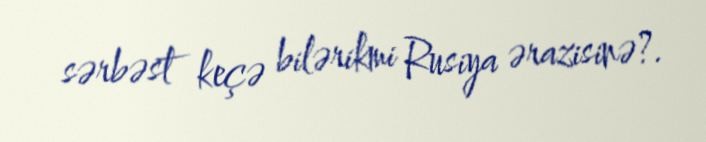
sərbəst keçə bilərikmi Rusiya ərazisinə?.